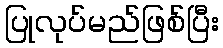
ပြုလုပ်မည်ဖြစ်ပြီး